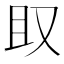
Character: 𫨶